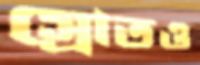
স্রোতও